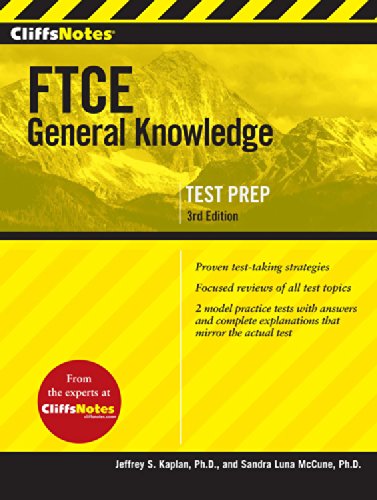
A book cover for CliffsNotes FTCE General Knowledge Test, 3rd Edition; Sandra Luna McCune PhD; Test Preparation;